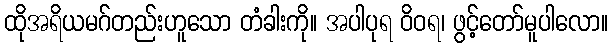
ထိုအရိယမဂ်တည်းဟူသော တံခါးကို။ အပါပုရ ဝိဝရ၊ ဖွင့်တော်မူပါလော။